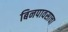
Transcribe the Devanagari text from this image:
बिनपावसाचा